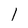
Character: 1